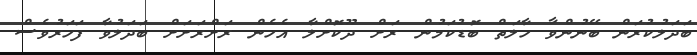
ބަދަލުކުރަން ބޭނުންވާ ހާލަތް ބޮޑުކަމުން ރަށް ދޫކޮށްލާ އެހެން ރަށްރަށަށް ބަދަލުވާ ފަހަރުވެސް